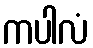
ကပါလံ